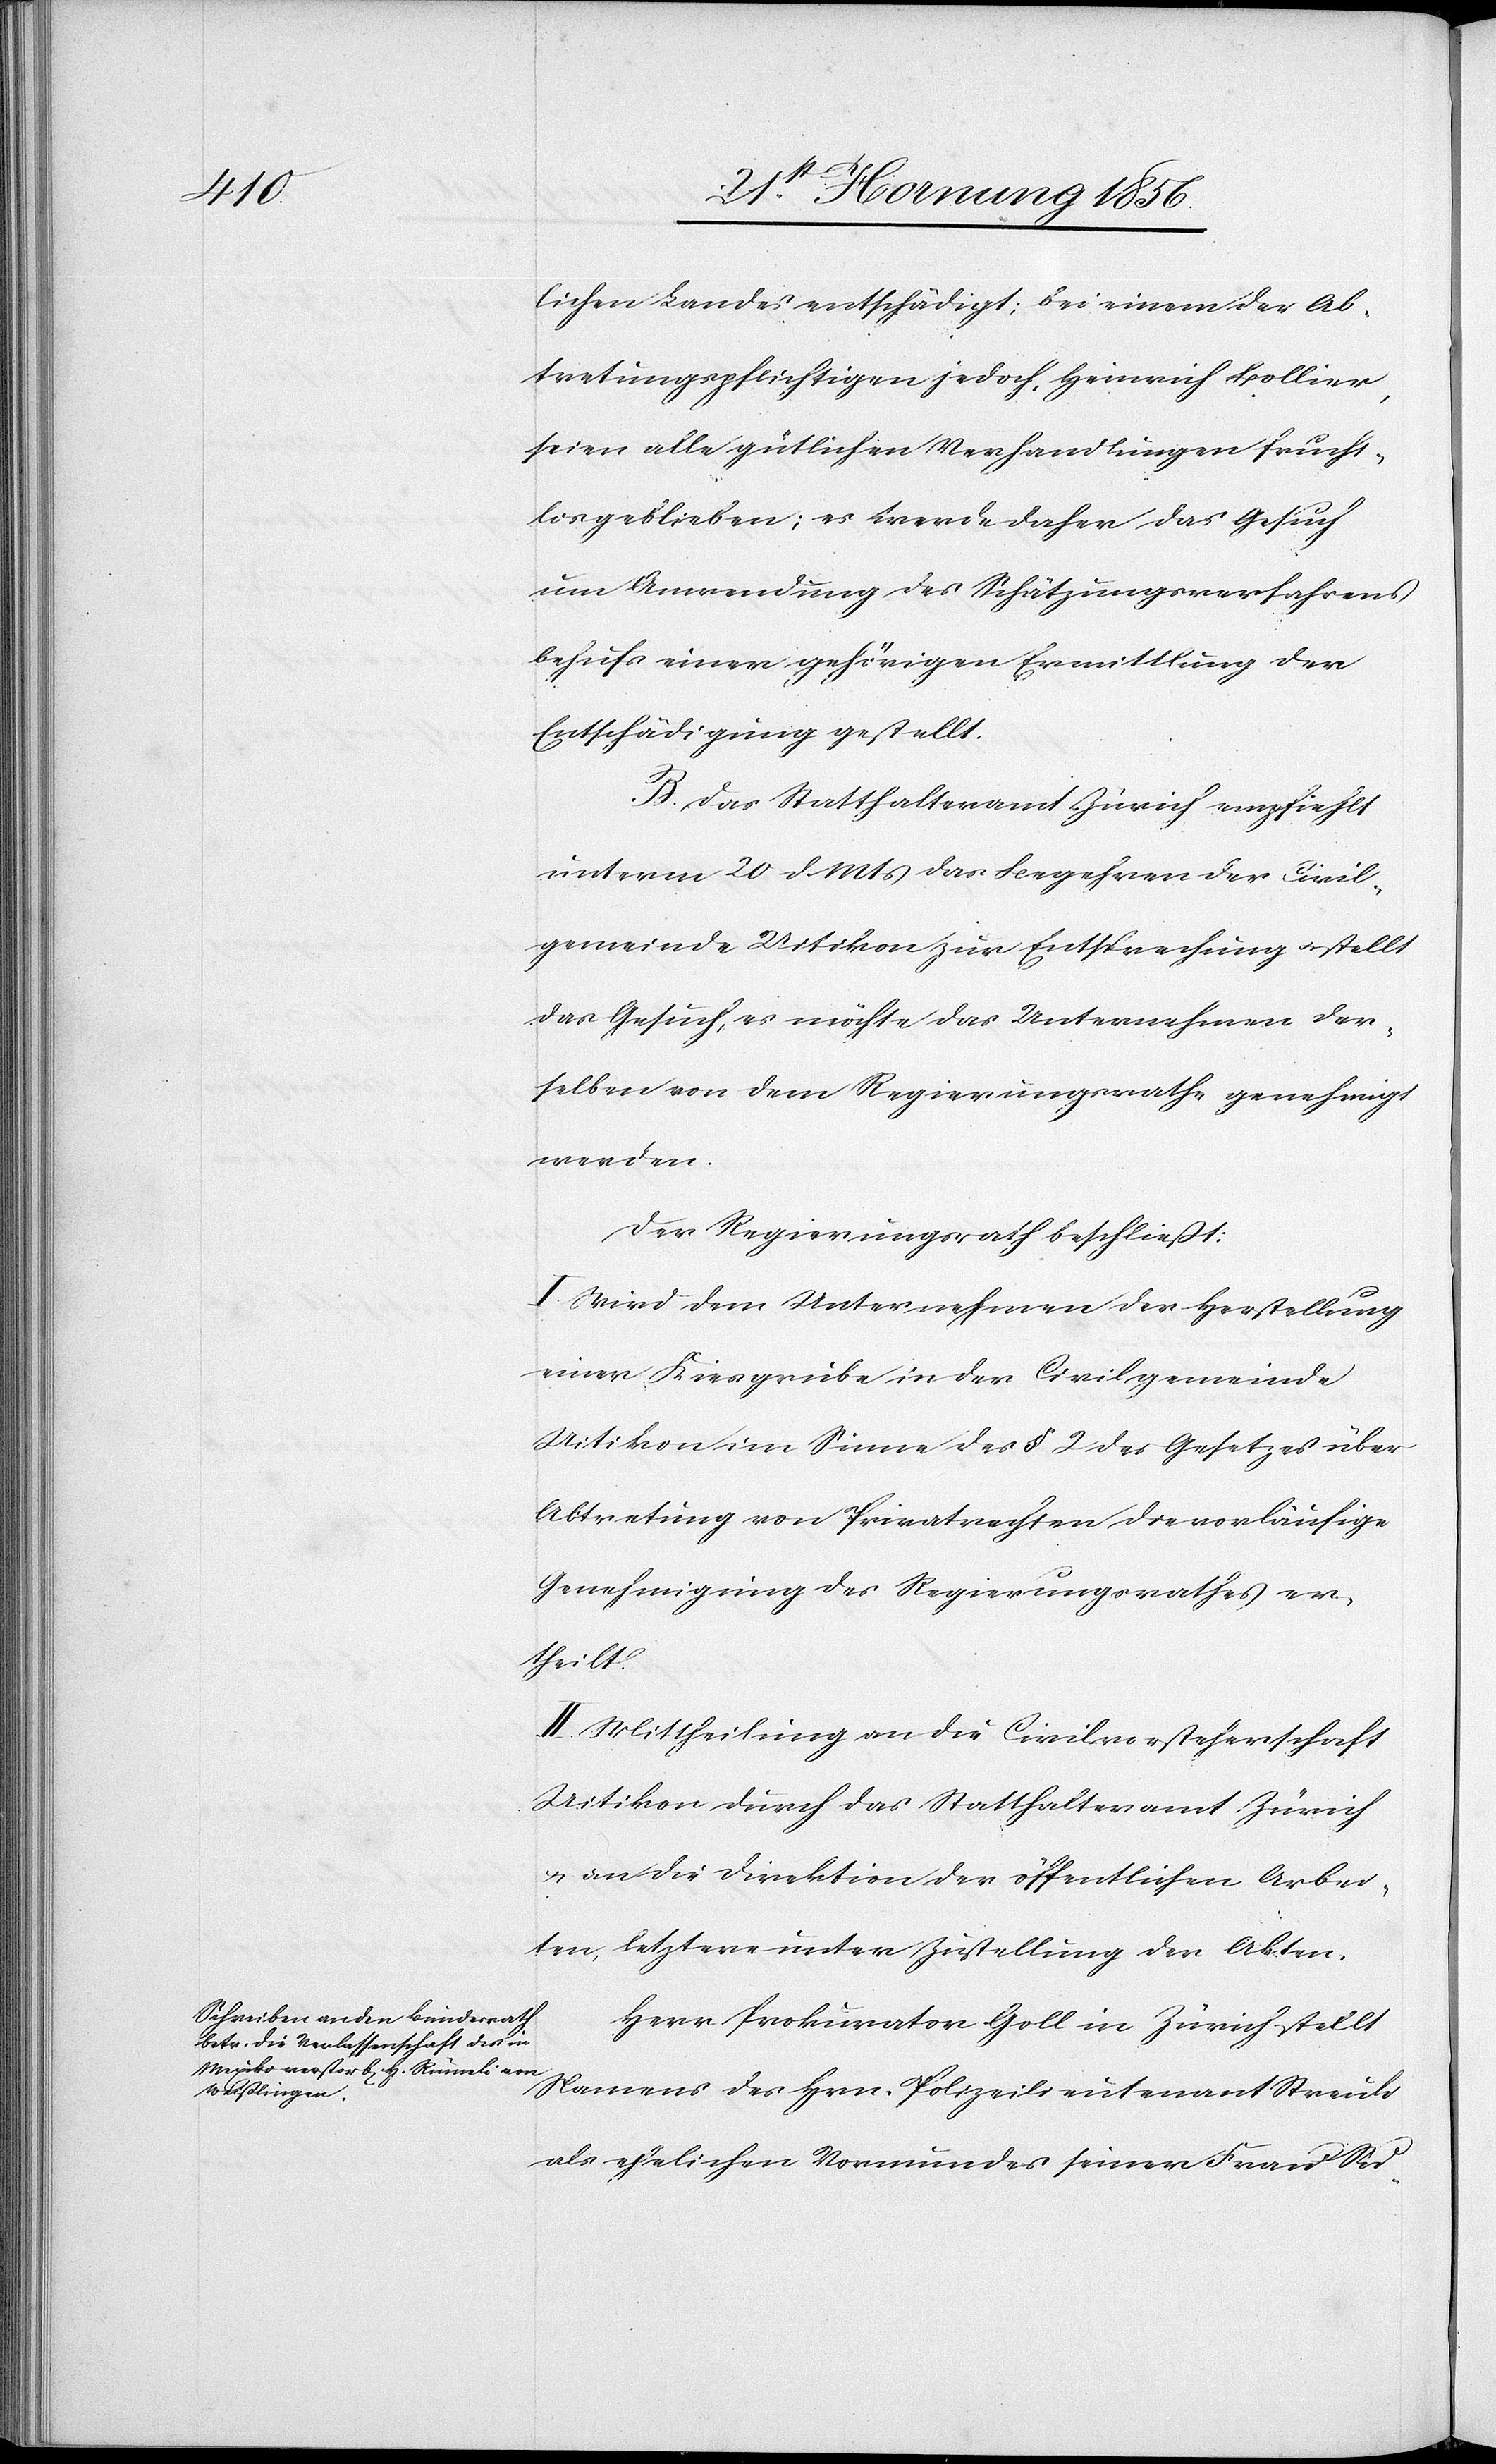
lichen Landes entschädigt; bei einem der Ab¬
tretungspflichtigen jedoch, Heinrich Bollier,
seien alle gütlichen Verhandlungen frucht¬
los geblieben; es werde daher das Gesuch
um Anwendung des Schätzungsverfahrens
behufs einer gehörigen Ermittlung der
Entschädigung gestellt.
B. Das Statthalteramt Zürich empfiehlt
unterm 20 d Mts das Begehren der Civil¬
gemeinde Uitikon zur Entsprechung u. stellt
das Gesuch, es möchte das Unternehmen der¬
selben von dem Regierungsrathe genehmigt
werden.
Der Regierungsrath beschließt:
I. Wird dem Unternehmen der Herstellung
einer Kiesgrube in der Civilgemeinde
Uitikon im Sinne des § 2 des Gesetzes über
Abtretung von Privatrechten die vorläufige
Genehmigung des Regierungsrathes er¬
theilt.
II. Mittheilung an die Civilvorsteherschaft
Uitikon durch das Statthalteramt Zürich
u. an die Direktion der öffentlichen Arbei¬
ten, letztere unter Zustellung der Akten.
Herr Prokurator Goll in Zürich stellt
Namens des Hrn. Polizeilieutenant Streuli
als ehelichen Vormundes seiner Frau Su-